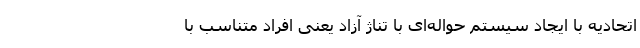
اتحادیه با ایجاد سیستم حواله‌ای با تناژ آزاد یعنی افراد متناسب با